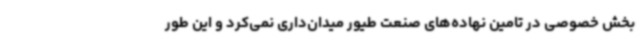
بخش خصوصی در تامین نهاده‌های صنعت طیور میدان‌داری نمی‌کرد و این طور